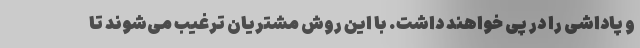
و پاداشی را در پی خواهند داشت. با این روش مشتریان ترغیب می‌شوند تا